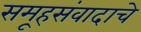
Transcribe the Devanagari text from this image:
समूहसंवादाचे